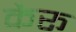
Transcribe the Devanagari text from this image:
कैरू